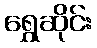
ရွှေဆိုင်း